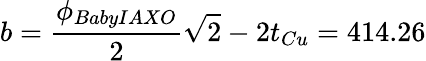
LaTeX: b=\frac{\phi_{BabyIAXO}}{2}\sqrt{2}-2t_{Cu}=414.26